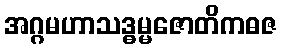
အဂ္ဂမဟာသဒ္ဓမ္မဇောတိကဓဇ